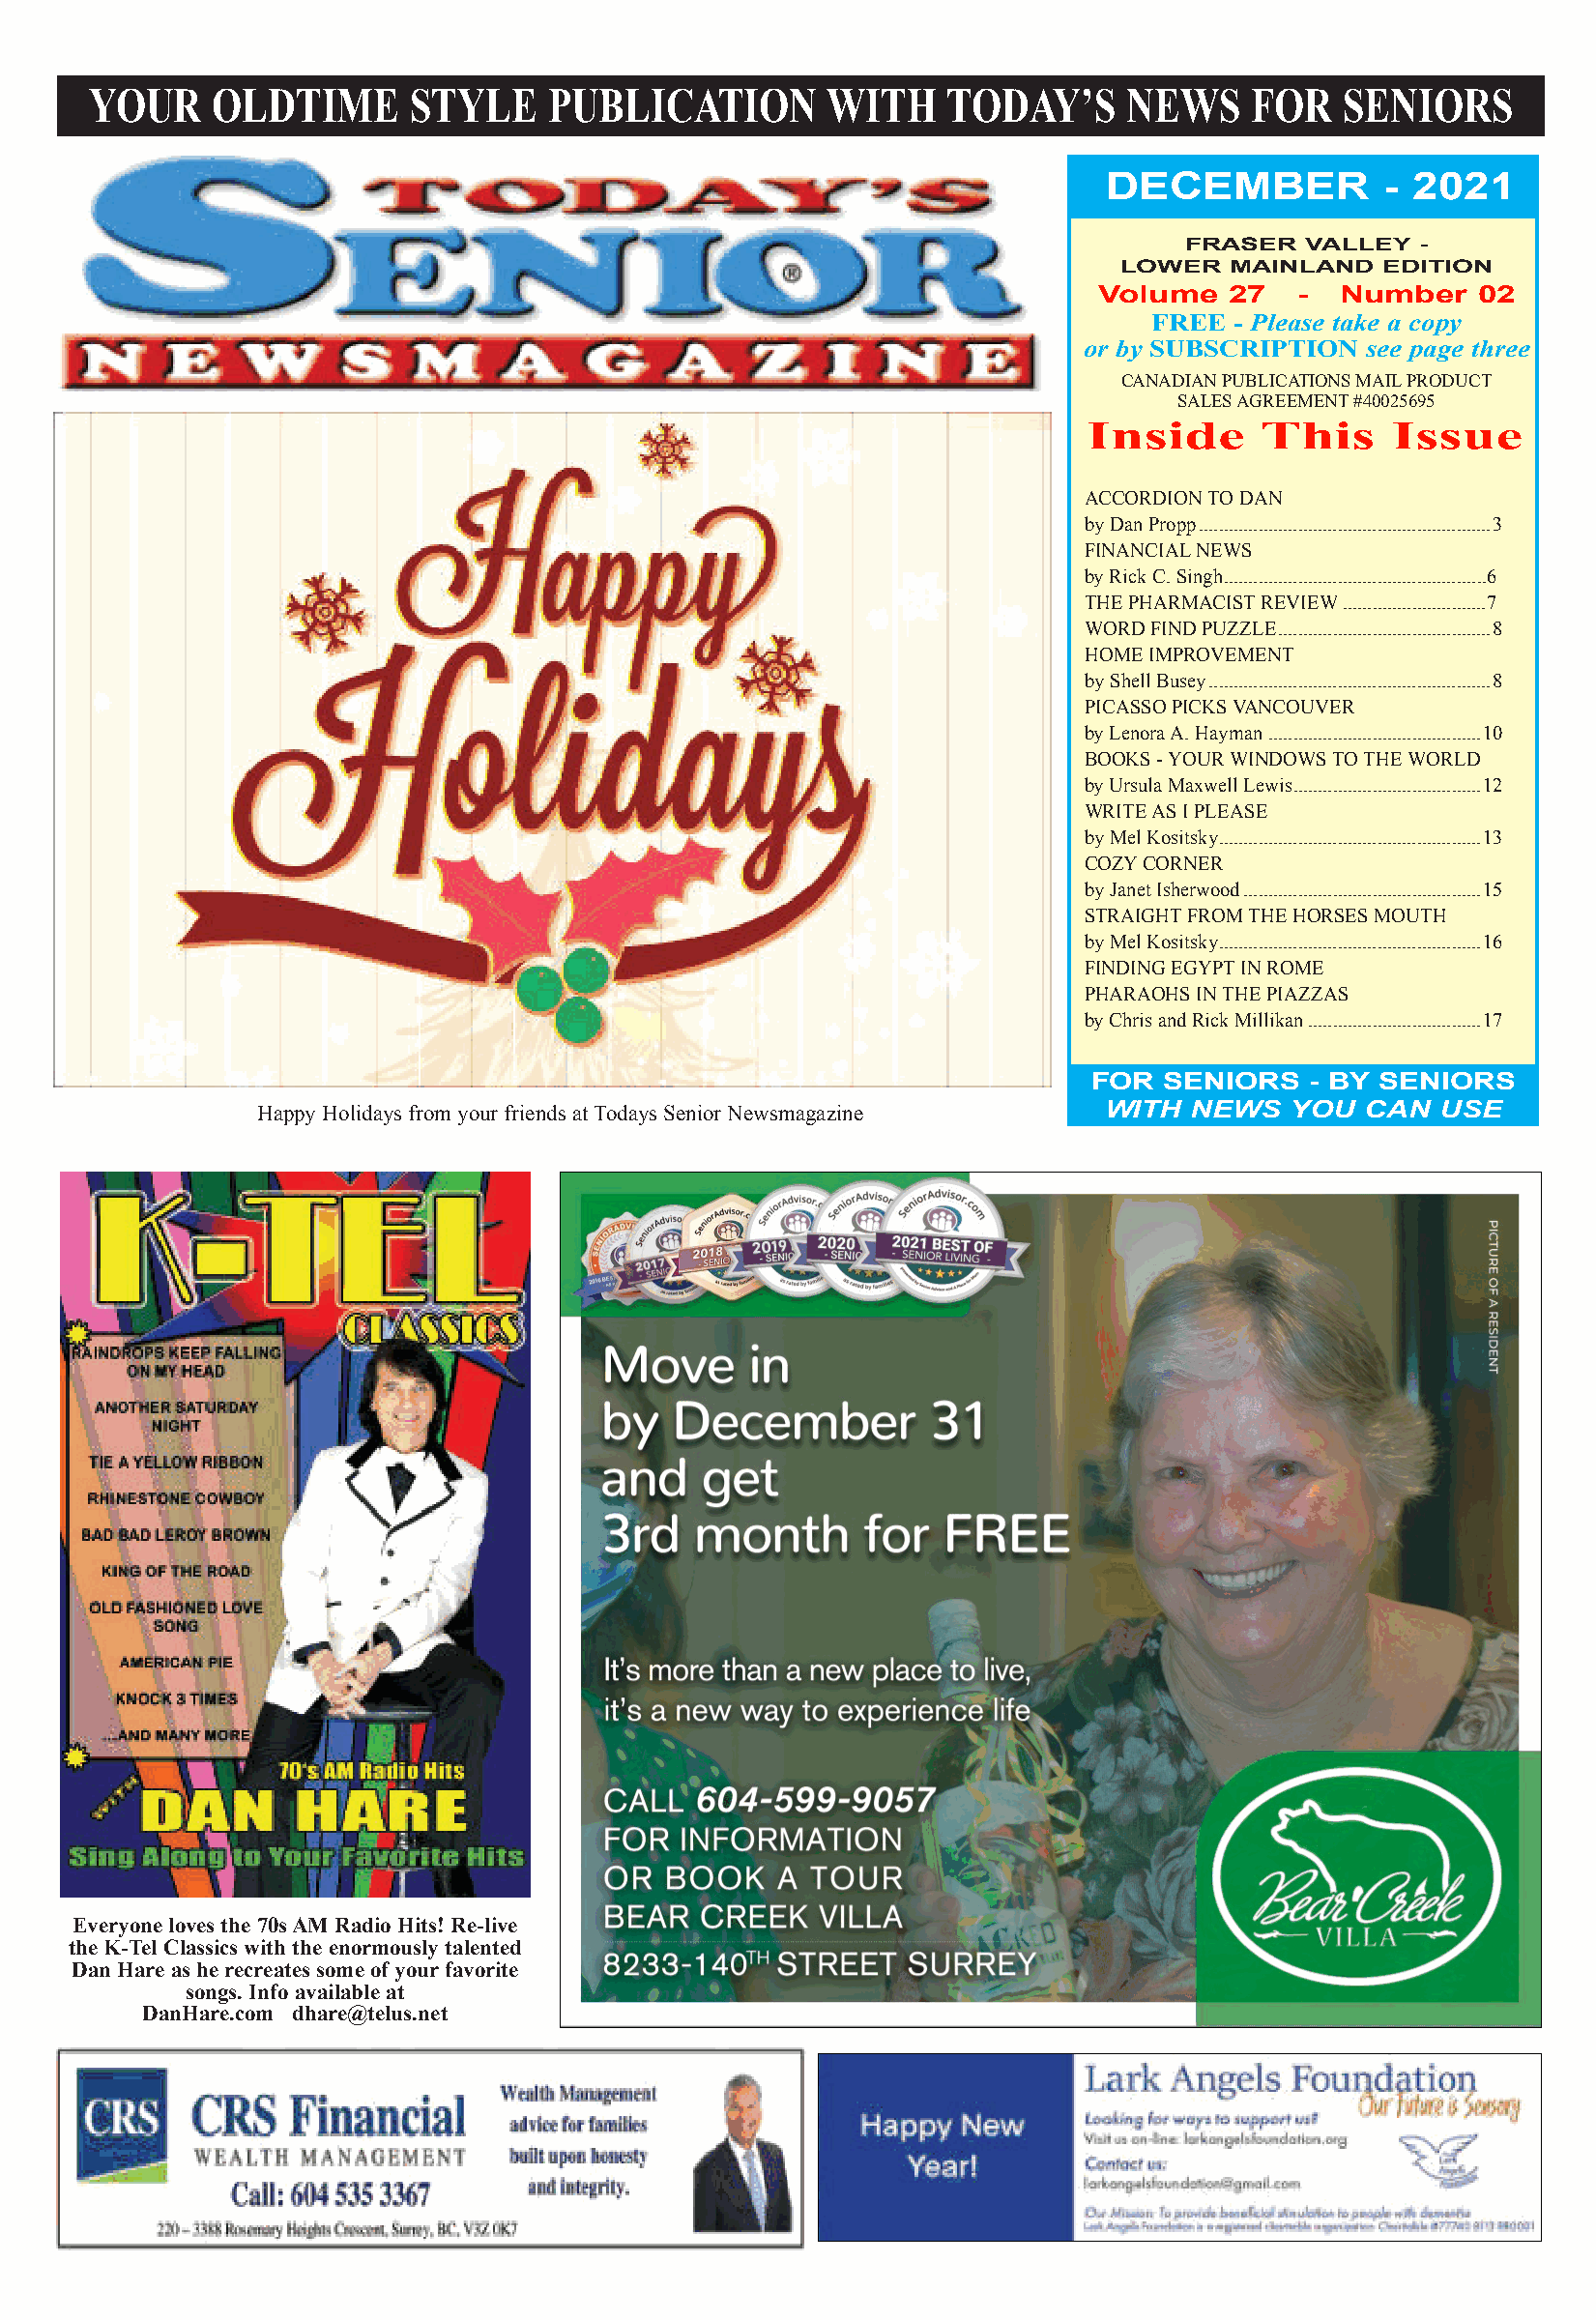
YOUR     OLDTIME      STYLE     PUBLICATION        WITH    TODAY’S     NEWS     FOR   SENIORS
 DECEMBER           - 2021
 FRASER  VALLEY  -
 LOWER  MAINLAND   EDITION
 Volume   27   -  Number   02
 FREE - Please take a copy
 or by SUBSCRIPTION  see page three
 CANADIANPUBLICATIONSMAILPRODUCT
 SALESAGREEMENT#40025695
 Inside      This     Issue
 ACCORDIONTODAN
 byDanPropp...........................................................3
 FINANCIALNEWS
 byRickC.Singh.....................................................6
 THEPHARMACISTREVIEW.............................7
 WORDFINDPUZZLE...........................................8
 HOMEIMPROVEMENT
 byShellBusey.........................................................8
 PICASSOPICKSVANCOUVER
 byLenoraA.Hayman...........................................10
 BOOKS-YOURWINDOWSTOTHEWORLD
 byUrsulaMaxwellLewis......................................12
 WRITEASIPLEASE
 byMelKositsky.....................................................13
 COZYCORNER
 byJanetIsherwood................................................15
 STRAIGHTFROMTHEHORSESMOUTH
 byMelKositsky.....................................................16
 FINDINGEGYPTINROME
 PHARAOHSINTHEPIAZZAS
 byChrisandRickMillikan...................................17
 FOR  SENIORS   - BY SENIORS
 Happy Holidays from your friends atTodays Senior Newsmagazine WITH NEWS YOU CAN  USE
 Everyone loves the 70sAM Radio Hits! Re-live
 the K-Tel Classics with the enormously talented
 Dan Hare as he recreates some of yourfavorite
 songs. Info available at
 DanHare.com dhare@telus.net